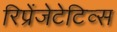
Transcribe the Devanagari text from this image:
रिप्रेंजेटेटिव्स